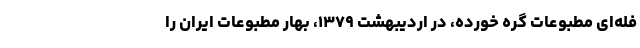
فله‌ای مطبوعات گره خورده، در اردیبهشت ۱۳۷۹، بهار مطبوعات ایران را